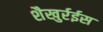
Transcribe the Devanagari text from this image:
शैखुर्रईस